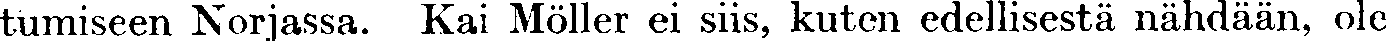
tumiseen Norjassa. Kai Möller ei siis, kuten edellisestä nähdään, ole